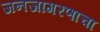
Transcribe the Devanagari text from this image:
जनजागरणाचा